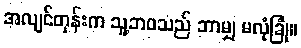
အလျင်တုန်းက သူ့ဘဝသည် ဘာမျှ မလုံခြုံ။